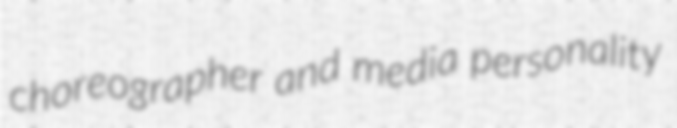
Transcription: choreographer and media personality